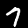
Label: 7